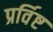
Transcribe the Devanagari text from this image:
प्रर्विष्ट